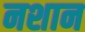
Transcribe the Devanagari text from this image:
नशान